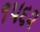
૧૫૬૨